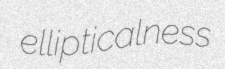
ellipticalness